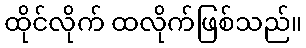
ထိုင်လိုက် ထလိုက်ဖြစ်သည်။